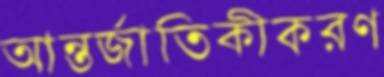
আন্তর্জাতিকীকরণ